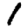
Digit: 1